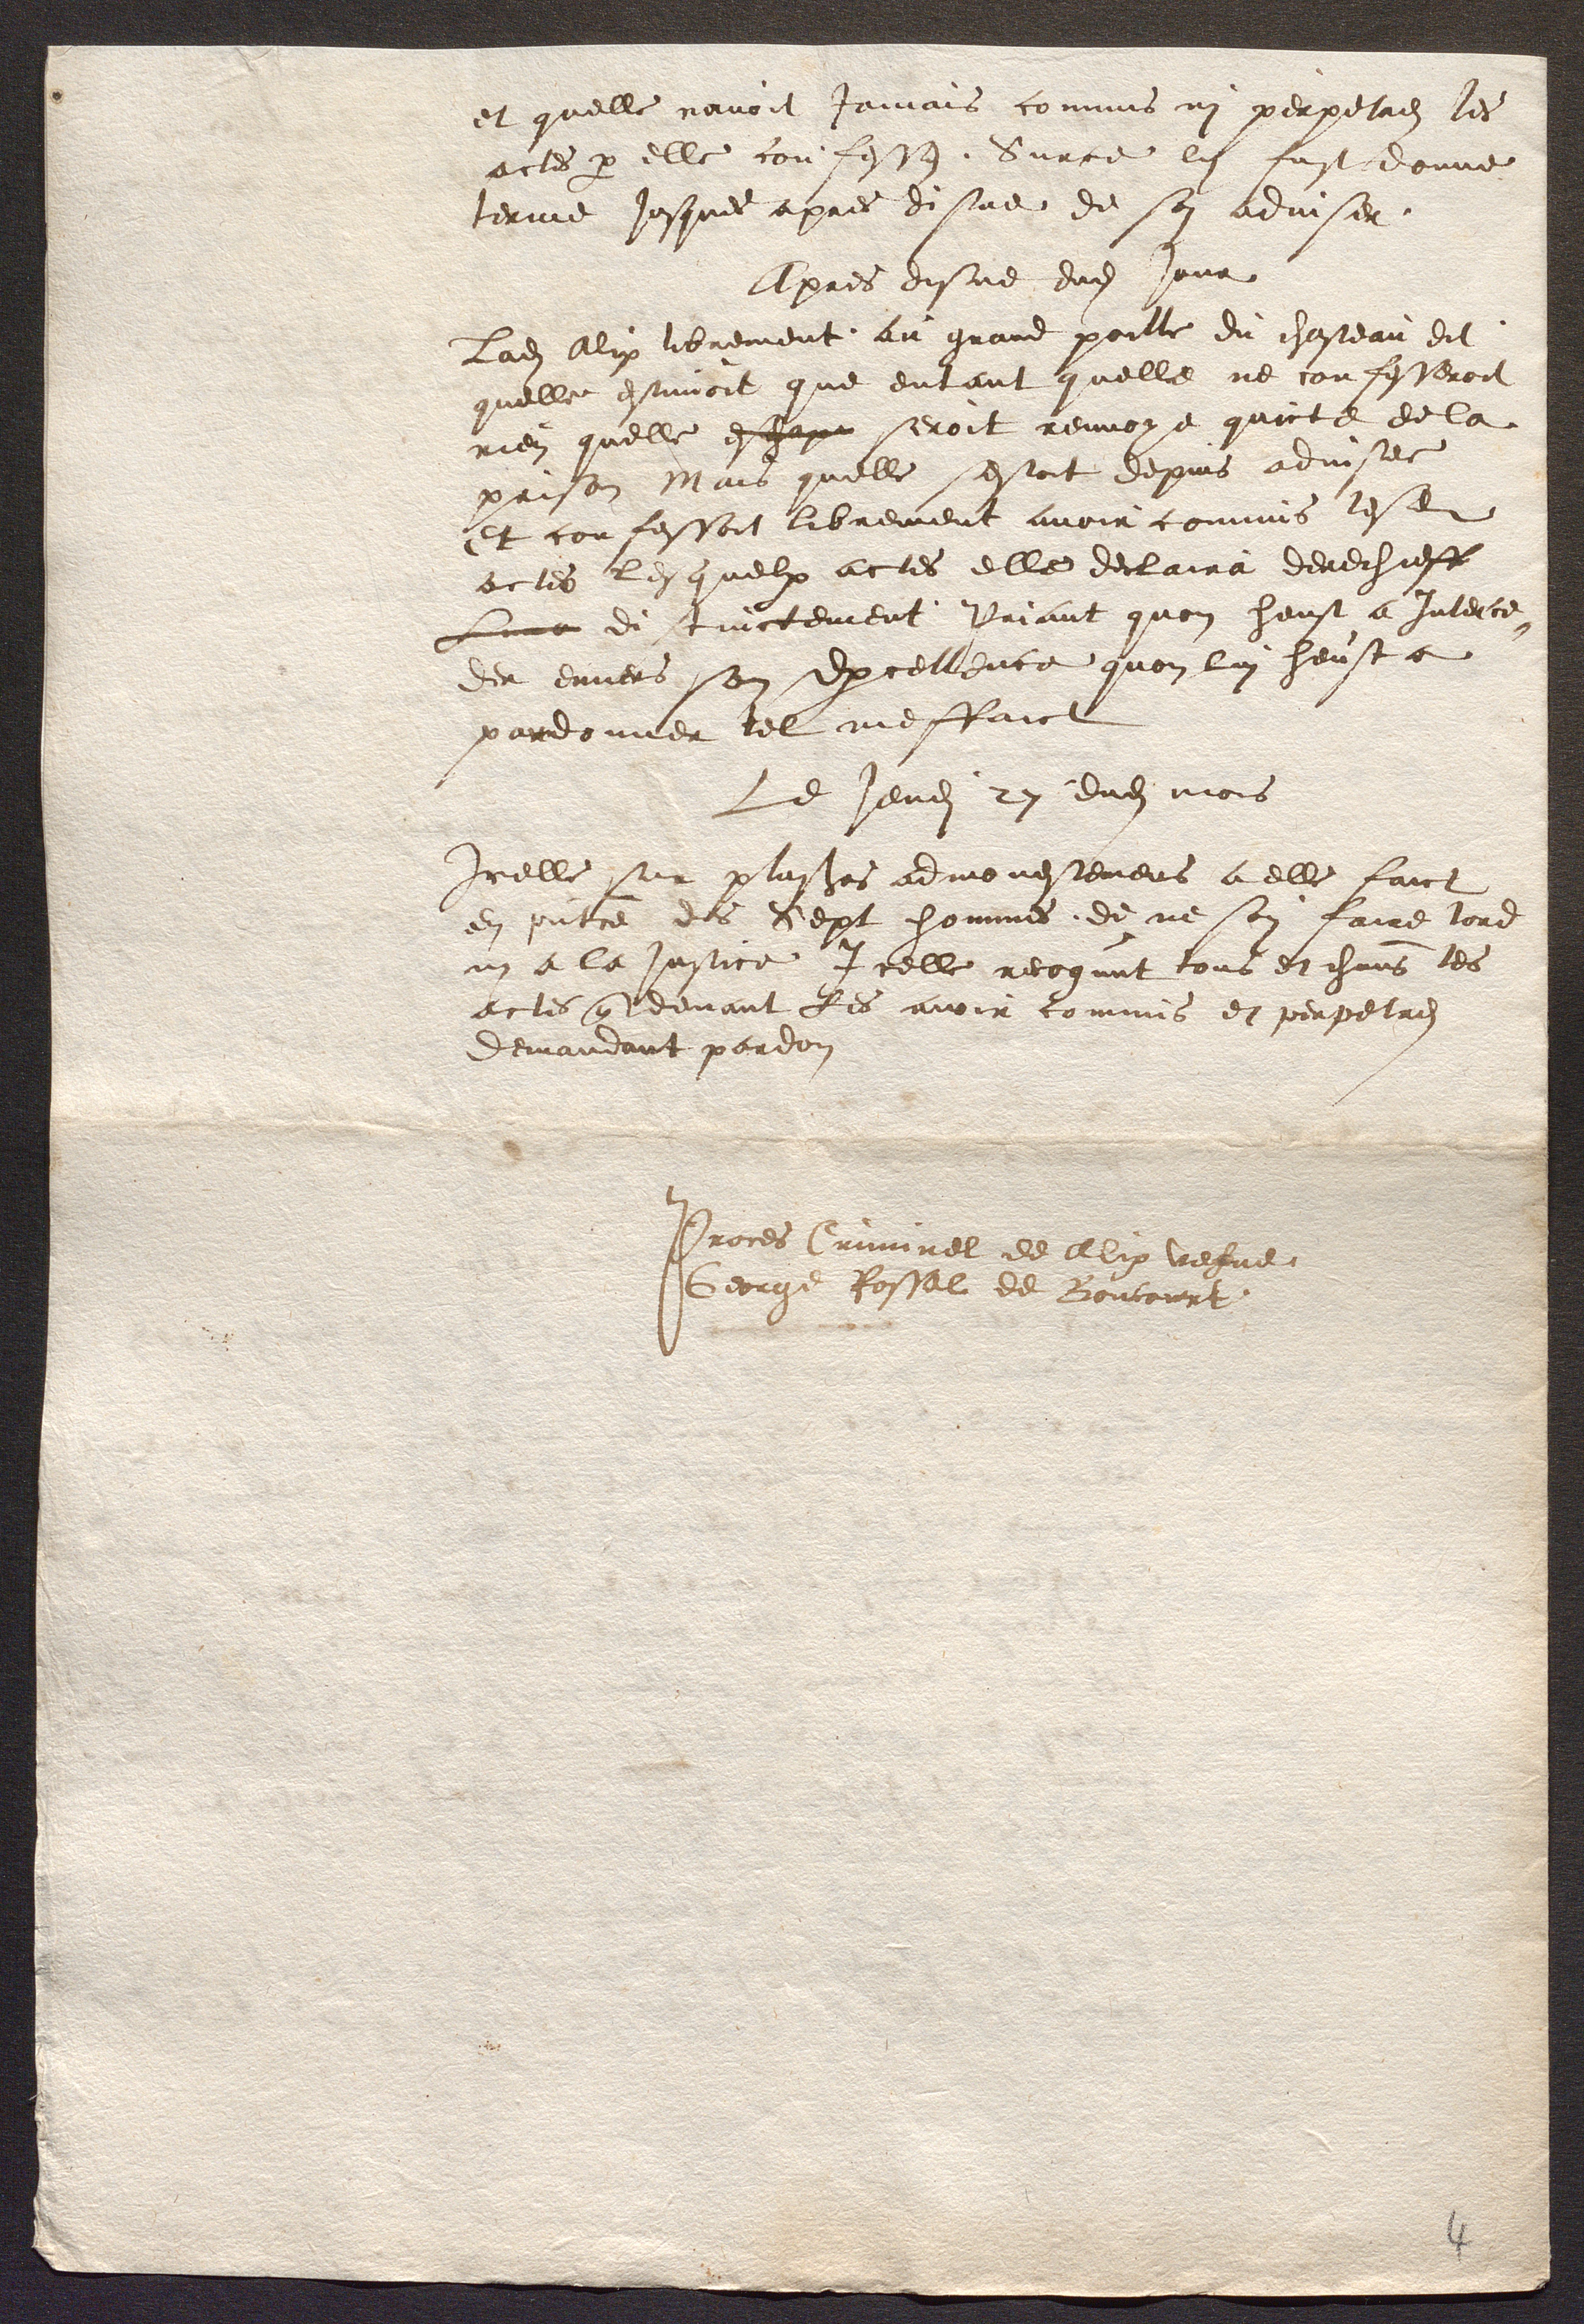
et quelle navoit jamais commis ni perpetres les
actes par elle confesses. Surce lui fust donne
terme jusques apres disne de soi adviser.
Apres disne dudit jour
Ladite Alix librement au grand poille du chasteau dit
quelle estimoit que entant quelle ne confesseroit
rien quelle eschape seroit renvoye quicte de la
prison Mais quelle sestoit depuis advisee
Et confessoit librement avoir commis lesdits
actes lesquelx actes elle declaira derechieff
Lune distinctement Priant quon heust a interce-
der envers son Excellence quon lui heust a
pardonner tel meffaict
Le jeudi 27 dudit mois
Icelle sur plusieurs admonestemens a elle faict
en presentce des Sept hommes de ne soy faire tord
ni a la justice Icelle recognut tous et chacuns les
actes que devant les avoir commis et perpetres
demandant pardon
Proces Criminel de Alix vefve
George Rossel de Boncourt